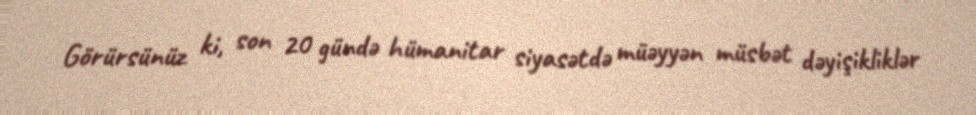
Görürsünüz ki, son 20 gündə hümanitar siyasətdə müəyyən müsbət dəyişikliklər